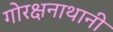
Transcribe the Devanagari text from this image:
गोरक्षनाथानी